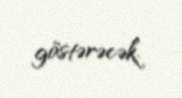
göstərəcək.